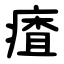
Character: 㾴